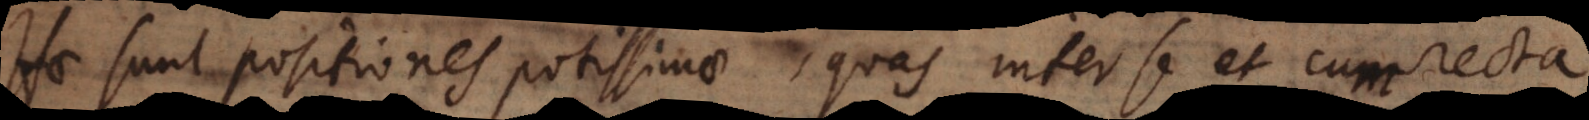
e sunt positiones potissimae, quas inter se et cum recta